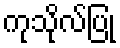
ကုသိုလ်ပြု